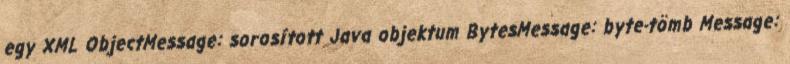
egy XML ObjectMessage: sorosított Java objektum BytesMessage: byte-tömb Message: